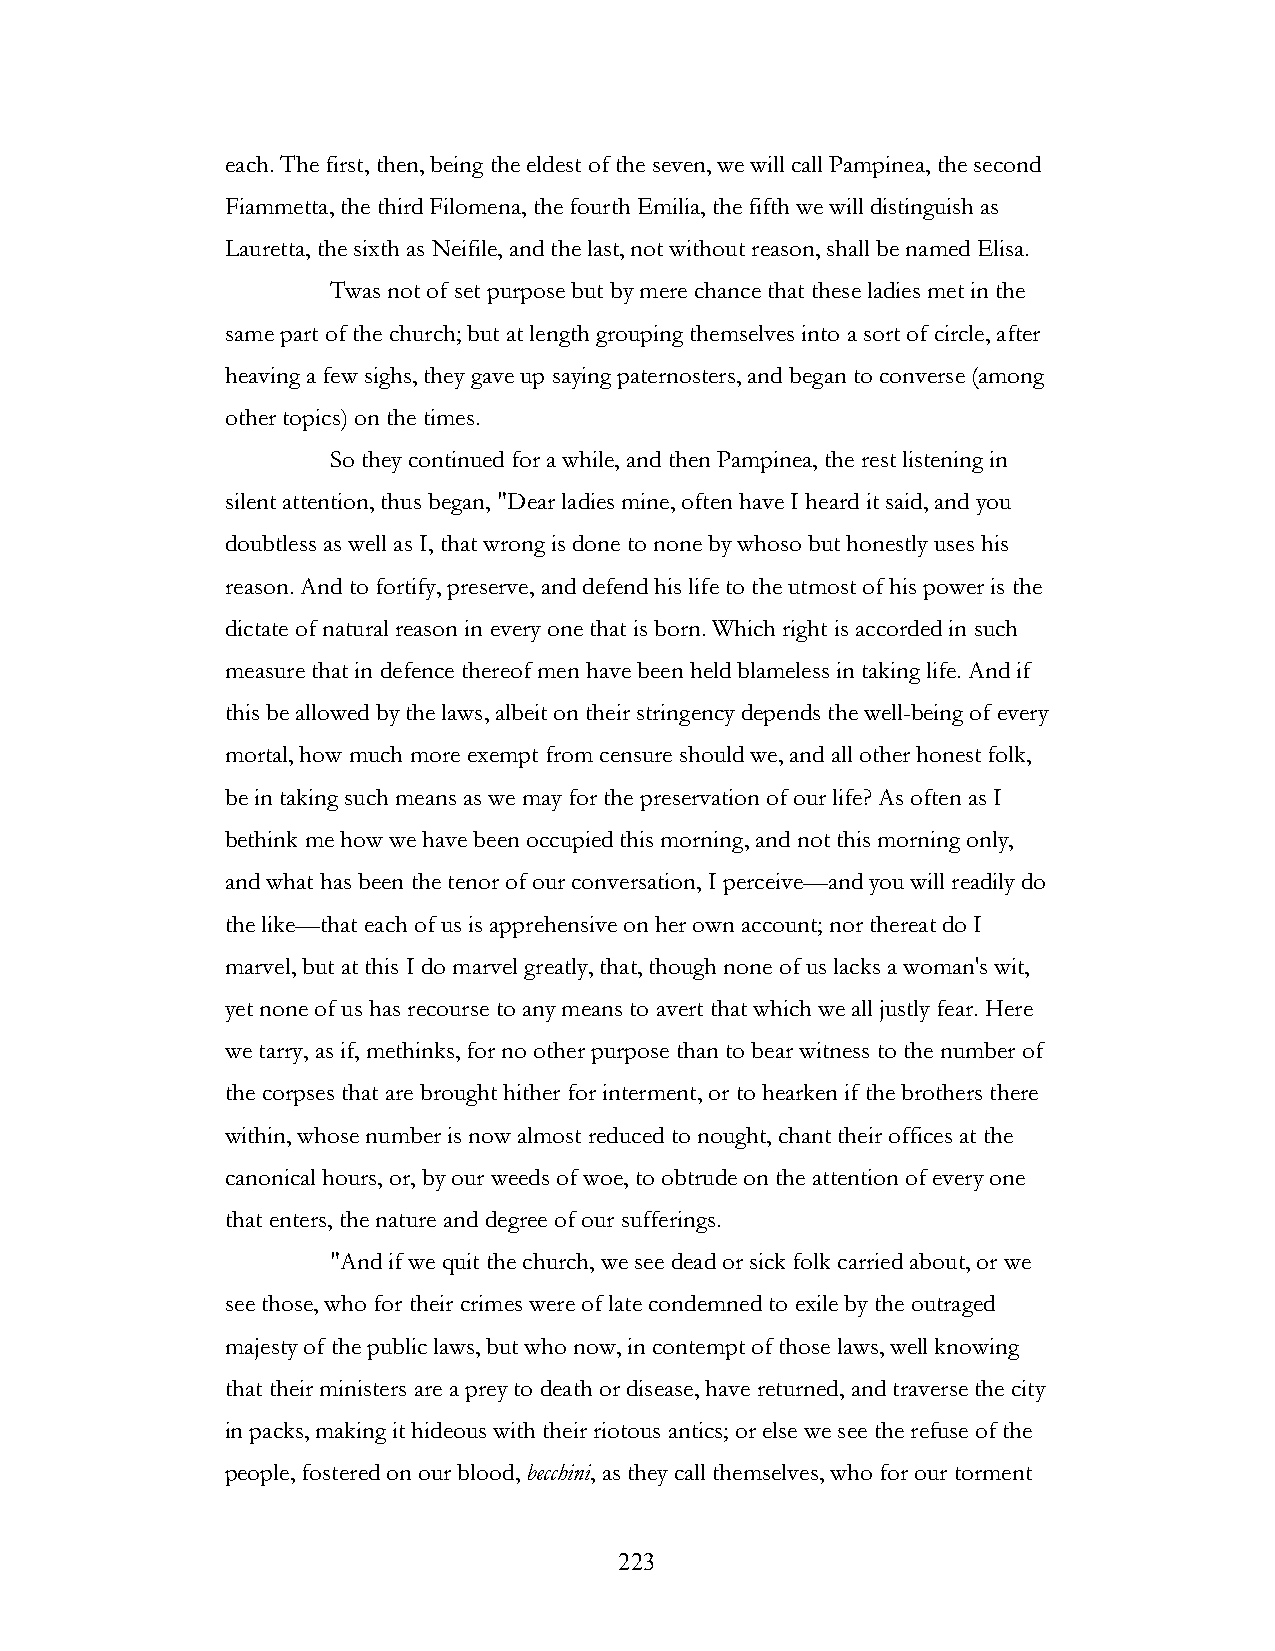
each. The first, then, being the eldest of the seven, we will call Pampinea, the second
 Fiammetta, the third Filomena, the fourth Emilia, the fifth we will distinguish as
 Lauretta, the sixth as Neifile, and the last, not without reason, shall be named Elisa.
 Twas not of set purpose but by mere chance that these ladies met in the
 same part of the church; but at length grouping themselves into a sort of circle, after
 heaving a few sighs, they gave up saying paternosters, and began to converse (among
 other topics) on the times.
 So they continued for a while, and then Pampinea, the rest listening in
 silent attention, thus began, "Dear ladies mine, often have I heard it said, and you
 doubtless as well as I, that wrong is done to none by whoso but honestly uses his
 reason. And to fortify, preserve, and defend his life to the utmost of his power is the
 dictate of natural reason in every one that is born. Which right is accorded in such
 measure that in defence thereof men have been held blameless in taking life. And if
 this be allowed by the laws, albeit on their stringency depends the well-being of every
 mortal, how much more exempt from censure should we, and all other honest folk,
 be in taking such means as we may for the preservation of our life? As often as I
 bethink me how we have been occupied this morning, and not this morning only,
 and what has been the tenor of our conversation, I perceive—and you will readily do
 the like—that each of us is apprehensive on her own account; nor thereat do I
 marvel, but at this I do marvel greatly, that, though none of us lacks a woman's wit,
 yet none of us has recourse to any means to avert that which we all justly fear. Here
 we tarry, as if, methinks, for no other purpose than to bear witness to the number of
 the corpses that are brought hither for interment, or to hearken if the brothers there
 within, whose number is now almost reduced to nought, chant their offices at the
 canonical hours, or, by our weeds of woe, to obtrude on the attention of every one
 that enters, the nature and degree of our sufferings.
 "And if we quit the church, we see dead or sick folk carried about, or we
 see those, who for their crimes were of late condemned to exile by the outraged
 majesty of the public laws, but who now, in contempt of those laws, well knowing
 that their ministers are a prey to death or disease, have returned, and traverse the city
 in packs, making it hideous with their riotous antics; or else we see the refuse of the
 people, fostered on our blood, becchini, as they call themselves, who for our torment
 !                         223